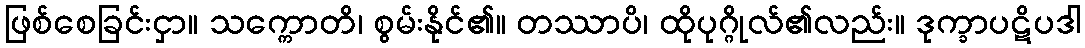
ဖြစ်စေခြင်းငှာ။ သက္ကောတိ၊ စွမ်းနိုင်၏။ တဿာပိ၊ ထိုပုဂ္ဂိုလ်၏လည်း။ ဒုက္ခာပဋိပဒါ